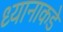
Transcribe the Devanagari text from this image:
ध्यानाकडे